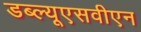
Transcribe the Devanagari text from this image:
डब्ल्यूएसवीएन